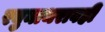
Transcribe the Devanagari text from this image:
रघुनाथरावही